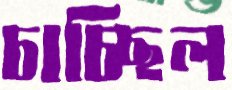
চাচ্ছিল